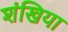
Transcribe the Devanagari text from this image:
शंखिया